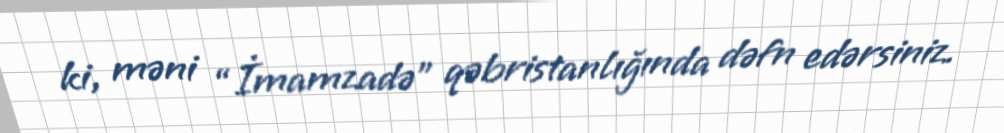
ki, məni “İmamzadə” qəbristanlığında dəfn edərsiniz.